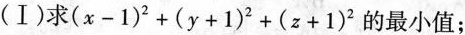
(Ⅰ)求(x-1)^{2} +(y+1)^{2} +(z+1)^{2} 的最小值；